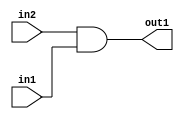
`timescale 1ps / 1ps
/*****************************************************************************
    Verilog RTL Description
    
    
    Created by: Stratus DpOpt 2019.1.01 
*******************************************************************************/

module dut_And_1Ux1U_1U_4 (
	in2,
	in1,
	out1
	); /* architecture "behavioural" */ 
input  in2,
	in1;
output  out1;
wire  asc001;

assign asc001 = 
	(in2)
	&(in1);

assign out1 = asc001;
endmodule

/* CADENCE  urjwSgk= : u9/ySgnWtBlWxVPRXgAZ4Og= ** DO NOT EDIT THIS LINE ******/